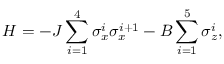
H = - J \sum _ { i = 1 } ^ { 4 } \sigma _ { x } ^ { i } \sigma _ { x } ^ { i + 1 } - B \sum _ { i = 1 } ^ { 5 } \sigma _ { z } ^ { i } ,